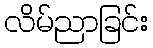
လိမ်ညာခြင်း